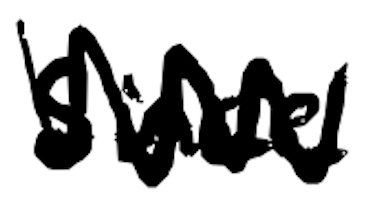
Text: since
Cross-out: zig-zag
Writing tool: digital_black